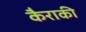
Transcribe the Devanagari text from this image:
कैराकी